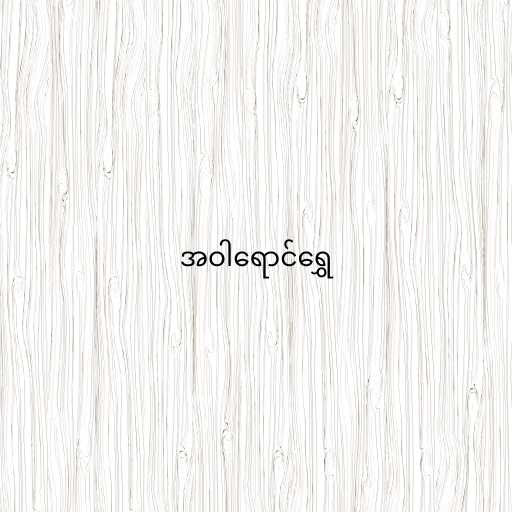
အဝါရောင်ရွှေ